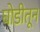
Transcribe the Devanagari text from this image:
घोडीतून